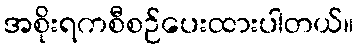
အစိုးရကစီစဉ်ပေးထားပါတယ်။